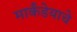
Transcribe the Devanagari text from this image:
मार्कंडेयाचे